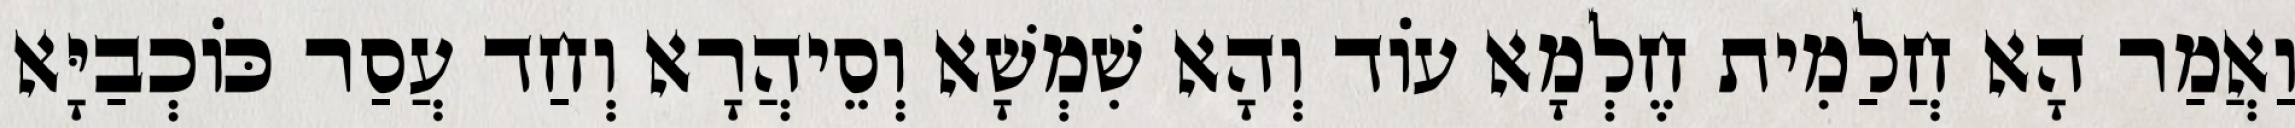
וַאֲמַר הָא חֲלַמִית חֶלְמָא עוֹד וְהָא שִׁמְשָׁא וְסֵיהֲרָא וְחַד עֲסַר כּוֹכְבַיָּא